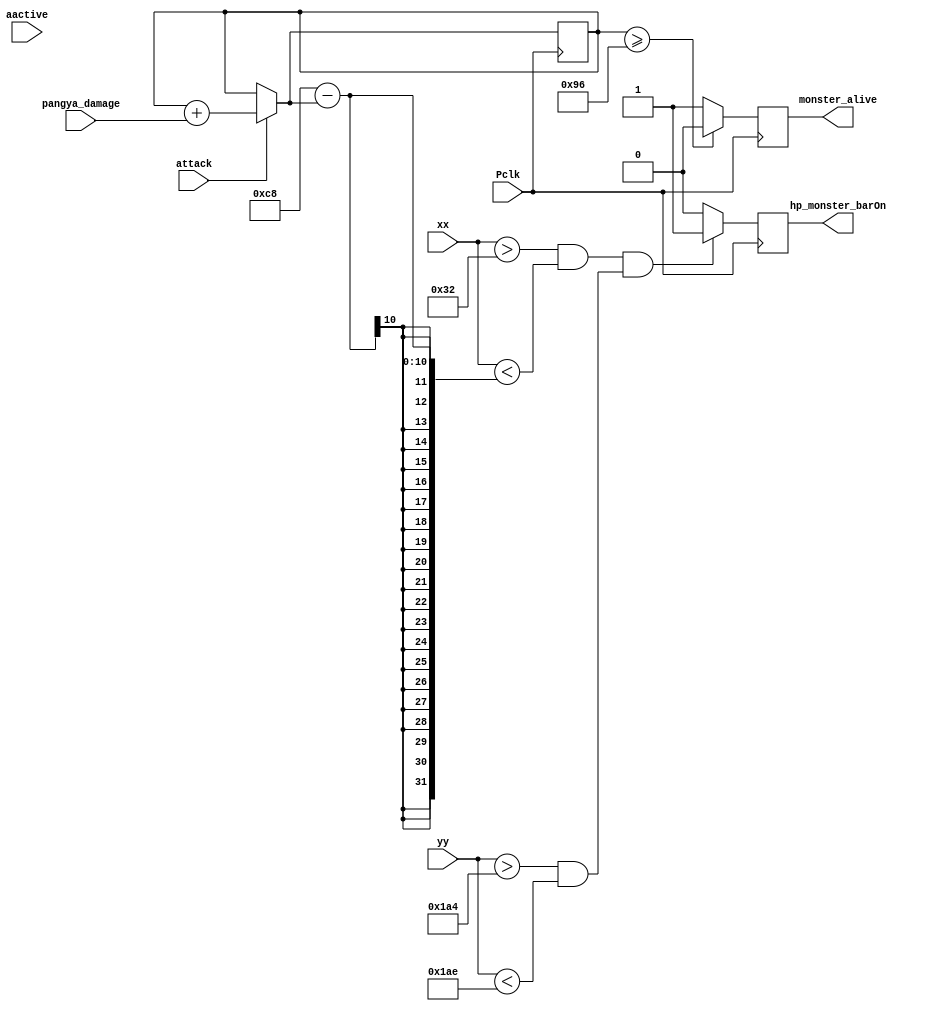
module hp_monster_bar(
    
    input wire [9:0] xx, // current x position
    input wire [9:0] yy, // current y position
    input wire aactive, // high during active pixel drawing
    input wire [6:0] pangya_damage,
    //input wire damage,
    output reg monster_alive,
    output reg hp_monster_barOn, // 1=on, 0=off
    input wire attack,
    input wire Pclk // 25MHz pixel clock
    );
    reg [9:0] stack_damage  = 0;
    reg monster_alive = 1;
    always @(posedge Pclk)
        begin
            if(attack == 1)
            begin
            
            stack_damage = stack_damage+pangya_damage;
            end
            
            if (((xx>50 && xx<200-stack_damage) && (yy>420 && yy<430)))
                begin
                hp_monster_barOn <= 1;
                end
            else
                begin
                hp_monster_barOn <= 0;
                end
        end
    always @(posedge Pclk)
        begin
        if(stack_damage >= 150)
                    begin
                        monster_alive =0;
                    end
        else
        begin
            monster_alive =1;
        end
        end
endmodule